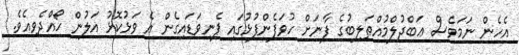
އެހެން ނަމަވެސް ޢަބްދުލްމުއްޠަލިބުގެ ފާނަށް ހުވަފެންފުޅުގައި ފެނިވަޑައިގެން އެ ވަޅުކޮޅު އަލުން ހޯއްދެވިއެވެ.